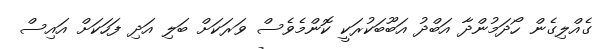
ގެއްލިގެން ހޯދަމުންދާ އަބްދު އަބޫބަކުރަކީ ކޮންމެވެސް ވަރަކަށް ބަލި އަދި ފަހަކަށް އައިސް